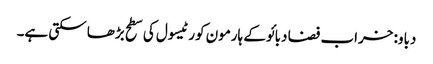
دباو: خراب فضا دبائو کے ہارمون کورٹیسول کی سطح بڑھا سکتی ہے۔